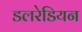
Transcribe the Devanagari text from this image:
डलरेडियन